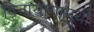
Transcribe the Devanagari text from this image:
विनायागामूर्थी